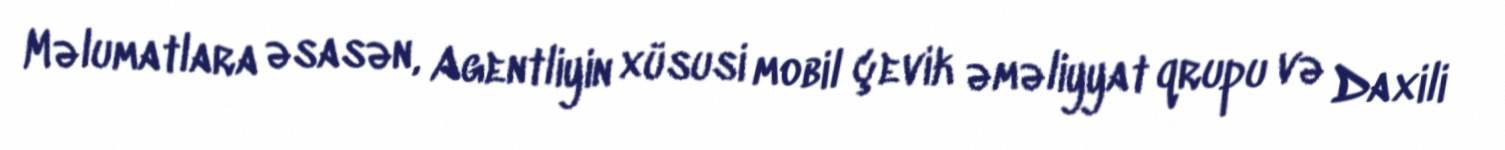
Məlumatlara əsasən, Agentliyin xüsusi mobil çevik əməliyyat qrupu və Daxili